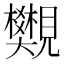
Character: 𧢜